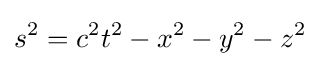
s^{2}=c^{2}t^{2}-x^{2}-y^{2}-z^{2}